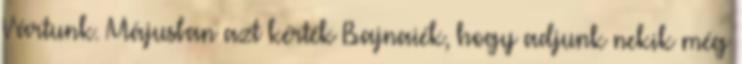
Vártunk. Májusban azt kérték Bajnaiék, hogy adjunk nekik még